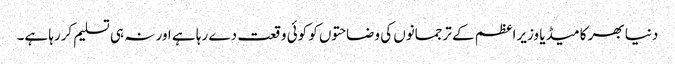
دنیا بھر کا میڈیا وزیراعظم کے ترجمانوں کی وضاحتوں کو کوئی وقعت دے رہا ہے اور نہ ہی تسلیم کررہا ہے۔